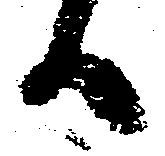
候